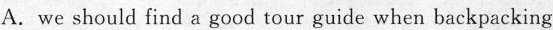
A. we should find a gocd tour guide when backpacking